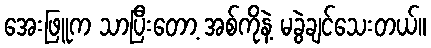
အေးဖြူက သာပြီးတော့ အစ်ကိုနဲ့ မခွဲချင်သေးတယ်။